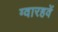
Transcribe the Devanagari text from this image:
ग्वारहवें